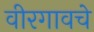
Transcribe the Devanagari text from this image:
वीरगावचे